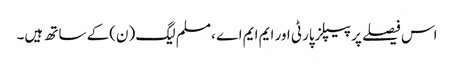
اس فیصلے پر پیپلزپارٹی اور ایم ایم اے ، مسلم لیگ (ن)کے ساتھ ہیں۔